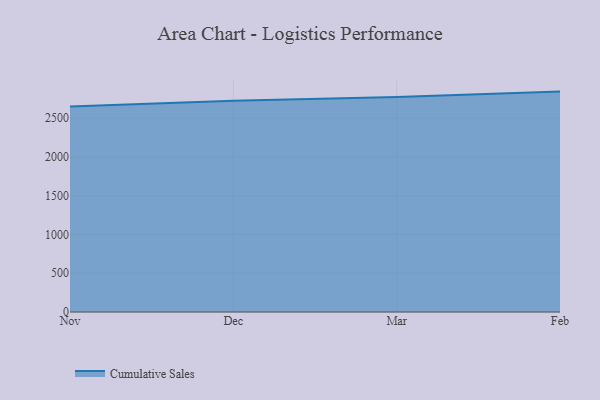
{"axis": {"x": "Month", "y": "Waste Production (Tons)"}, "legend": ["Cumulative Sales"], "data": [{"x": "Nov", "y": 2652.5, "type": "Cumulative Sales"}, {"x": "Dec", "y": 2726.6, "type": "Cumulative Sales"}, {"x": "Mar", "y": 2773.1, "type": "Cumulative Sales"}, {"x": "Feb", "y": 2844.2, "type": "Cumulative Sales"}]}